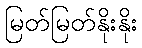
မြတ်မြတ်နိုးနိုး